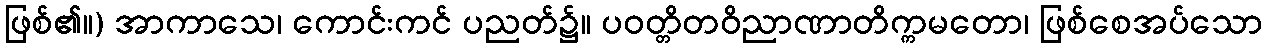
ဖြစ်၏။) အာကာသေ၊ ကောင်းကင် ပညတ်၌။ ပဝတ္တိတဝိညာဏာတိက္ကမတော၊ ဖြစ်စေအပ်သော